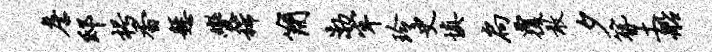
詹邸枵香悬变稀简渤牢玲史填扃覆敢夕簪土船